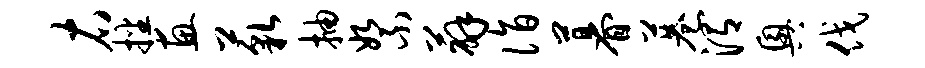
右播惠藐抽絮薜诣暮巷渭兴伐